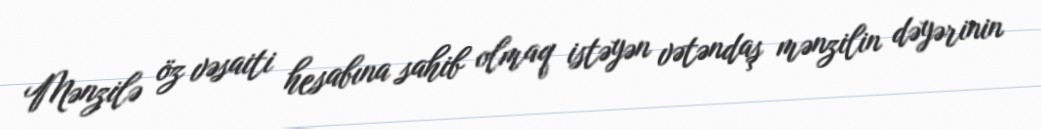
Mənzilə öz vəsaiti hesabına sahib olmaq istəyən vətəndaş mənzilin dəyərinin